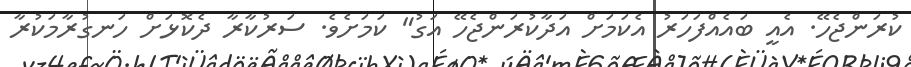
ކުރަންޖެހޭ. އެއީ ބައެއްފަހަރު އެކަމަށް އަދާކުރަންޖެހޭ އަގު" ކަމަށެވެ. ސަރުކާރާ ދެކޮޅަށް ހަނގުރާމަކުރާ